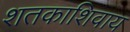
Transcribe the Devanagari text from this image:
शतकाशिवाय